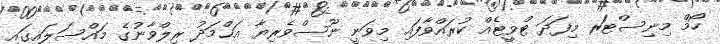
ހޯމް މިނިސްޓަރ މިފަދަ ޓްވީޓެއް ކުރައްވާފައި މިވަނީ ނޫސްވެރިޔާ އަޙްމަދު ރިލްވާނުގެ މައްސަލައިގައި